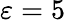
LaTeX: \varepsilon=5